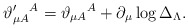
\begin{align*}\vartheta _{\mu A}^{\prime }{}^{A}=\vartheta _{\mu A}{}^{A}+\partial _{\mu}\log \Delta _{{\small \Lambda }}. \end{align*}